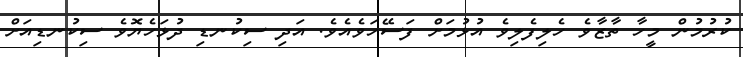
ކުރުމުން މީހާ ތާޒާވެ ހެލިފެލިވެ އުޅުމަށް ފަސޭހަވެއެވެ. އަދި ސިކުނޑި ދުޅަހެޔޮވެ ސިކުނޑިއަށް